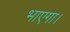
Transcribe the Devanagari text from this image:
भाएगा।